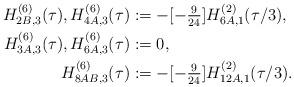
LaTeX: \begin{align*}H^{(6)}_{2B,3}(\tau), H^{(6)}_{4A,3}(\tau)&:=-[-\tfrac{9}{24}]H^{(2)}_{6A,1}(\tau/3),\\ H^{(6)}_{3A,3}(\tau), H^{(6)}_{6A,3}(\tau)&:=0,\\ H^{(6)}_{8AB,3}(\tau)&:=-[-\tfrac{9}{24}]H^{(2)}_{12A,1}(\tau/3).\end{align*}